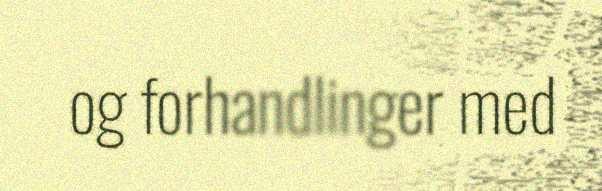
og forhandlinger med